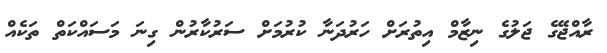
ރާއްޖޭގެ ޖަލުގެ ނިޒާމް އިތުރަށް ހަރުދަނާ ކުރުމަށް ސަރުކާރުން ގިނަ މަސައްކަތް ތަކެއް